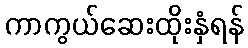
ကာကွယ်ဆေးထိုးနှံရန်